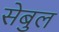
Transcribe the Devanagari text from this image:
सेबुल